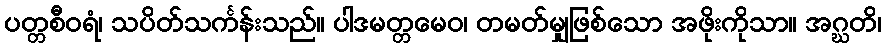
ပတ္တစီဝရံ၊ သပိတ်သင်္ကန်းသည်။ ပါဒမတ္တမေဝ၊ တမတ်မျှဖြစ်သော အဖိုးကိုသာ။ အဂ္ဃတိ၊